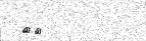
٤١